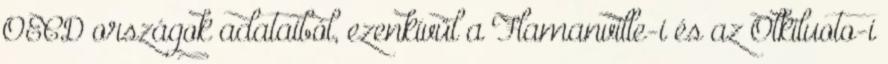
OECD országok adataiból, ezenkívül a Flamanville-i és az Olkiluoto-i